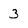
Character: 3